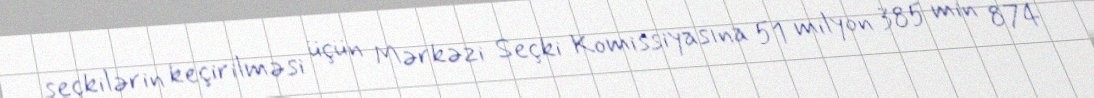
seçkilərin keçirilməsi üçün Mərkəzi Seçki Komissiyasına 51 milyon 385 min 874